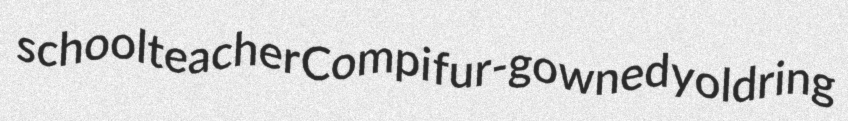
schoolteacher Compi fur-gowned yoldring